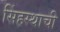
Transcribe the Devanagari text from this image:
सिंहस्थाची